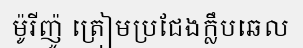
ម៉ូរីញ៉ូ ត្រៀមប្រជែងក្លឹបឆេល